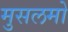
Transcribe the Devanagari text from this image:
मुसलमो